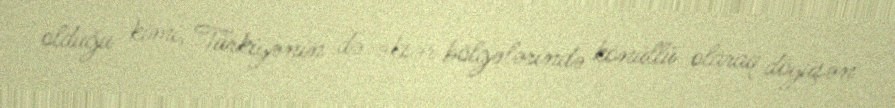
olduğu kimi, Türkiyənin də əksər bölgələrində könüllü olaraq döyüşən